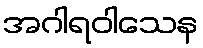
အဂါရဝါသေန